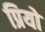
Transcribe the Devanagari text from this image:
प्रियो